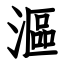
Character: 漚